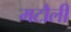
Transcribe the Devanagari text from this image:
मटौली